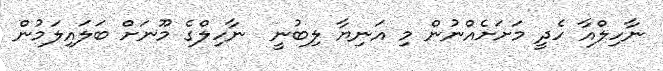
ނާހިލްއާ ހެދީ މަށަށެއްނުން މި އަނިޔާ ލިބުނީ  ނާހިލްގެ މޫނަށް ބަލައިލަމުން